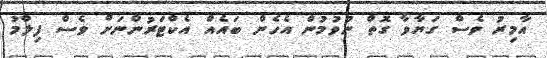
އާމިރު ވެސް ގަޔާވާ ގޮތް ނުވުމުން އެހެން ބައެއް އެކްޓަރުންނަށް ވެސް ފިލްމު